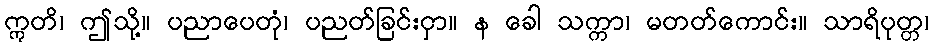
ဣတိ၊ ဤသို့။ ပညာပေတုံ၊ ပညတ်ခြင်းငှာ။ န ခေါ သက္ကာ၊ မတတ်ကောင်း။ သာရိပုတ္တ၊